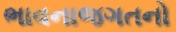
ભાવનાજગતનો